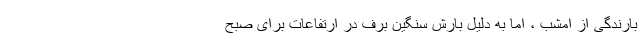
بارندگی از امشب ، اما به دلیل بارش سنگین برف در ارتفاعات برای صبح